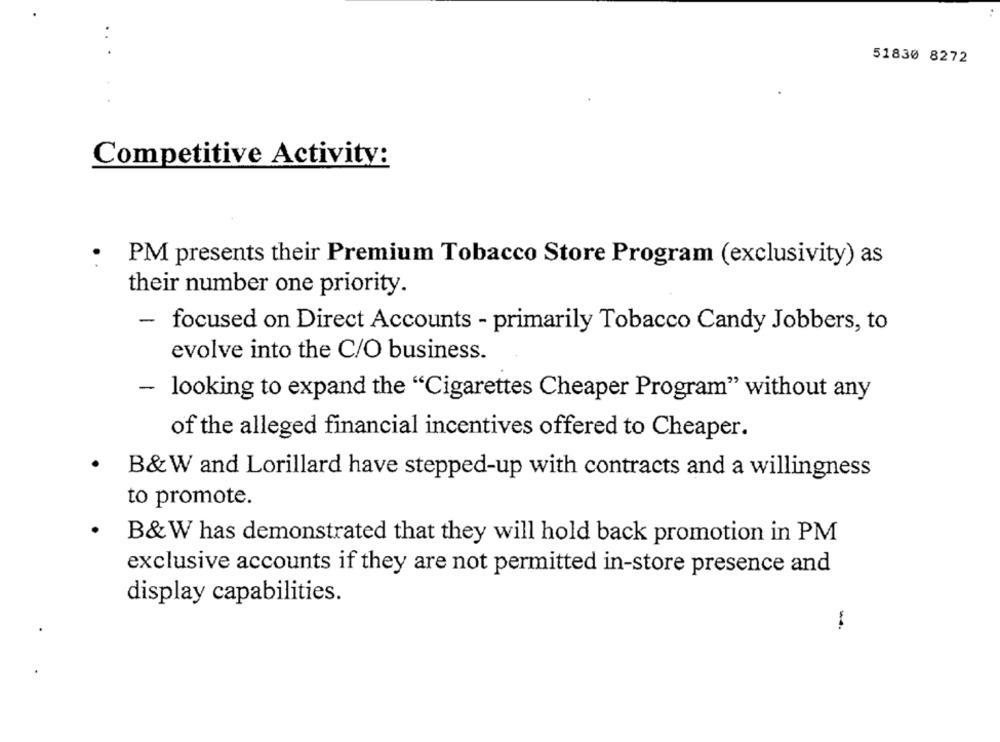
51830 8272
Competitive Activity:
.
PM presents their Premium Tobacco Store Program (exclusivity) as
their number one priority.
- focused on Direct Accounts - primarily Tobacco Candy Jobbers, to
evolve into the C/O business.
- looking to expand the "Cigarettes Cheaper Program" without any
of the alleged financial incentives offered to Cheaper.
.
B&W and Lorillard have stepped-up with contracts and a willingness
to promote.
.
B&W has demonstrated that they will hold back promotion in PM
exclusive accounts if they are not permitted in-store presence and
display capabilities.